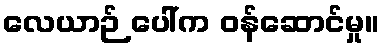
လေယာဉ် ပေါ်က ဝန်ဆောင်မှု။